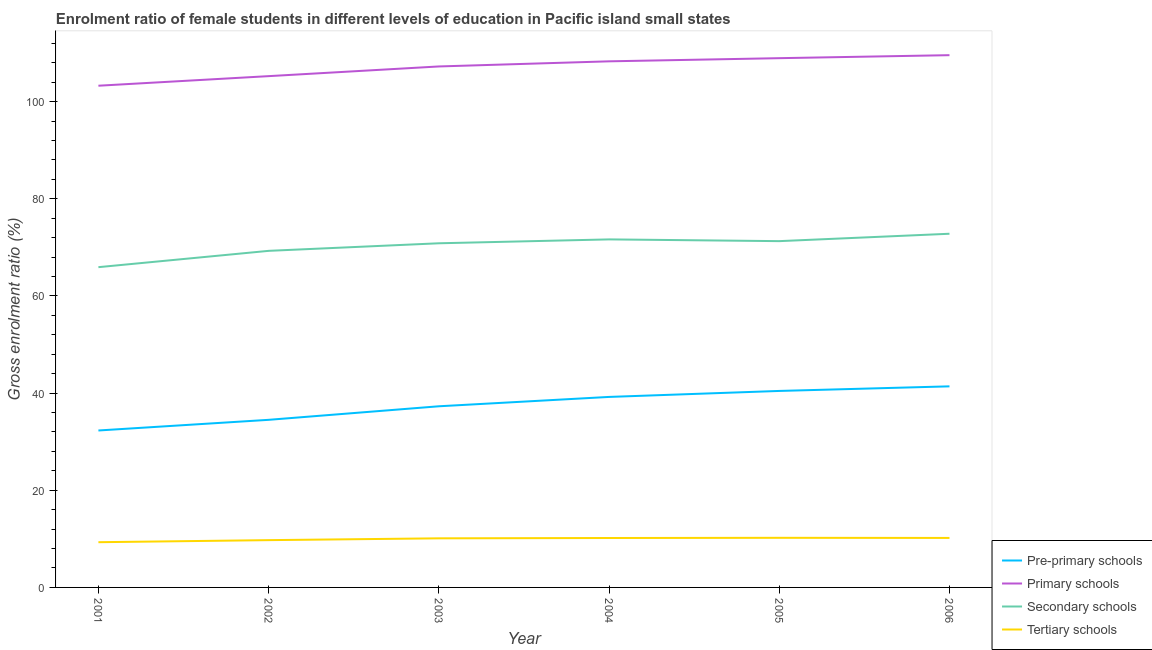
| Year | Pre-primary schools | Primary schools | Secondary schools | Tertiary schools |
 | --- | --- | --- | --- | --- |
 | 2001 | 32.3 | 103 | 65.9 | 9.31 |
 | 2002 | 34.5 | 105 | 69.3 | 9.74 |
 | 2003 | 37.3 | 107 | 70.8 | 10.1 |
 | 2004 | 39.2 | 108 | 71.6 | 10.2 |
 | 2005 | 40.4 | 109 | 71.3 | 10.2 |
 | 2006 | 41.4 | 110 | 72.8 | 10.2 |